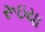
રૂઇયા